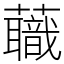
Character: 蘵